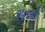
કપૂરની